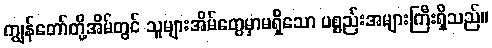
ကျွန်တော်တို့အိမ်တွင် သူများအိမ်တွေမှာမရှိသော ပစ္စည်းအများကြီးရှိသည်။